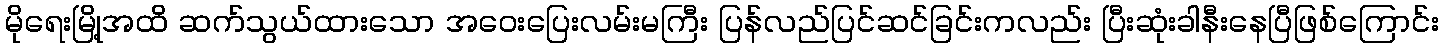
မိုရေးမြို့အထိ ဆက်သွယ်ထားသော အဝေးပြေးလမ်းမကြီး ပြန်လည်ပြင်ဆင်ခြင်းကလည်း ပြီးဆုံးခါနီးနေပြီဖြစ်ကြောင်း